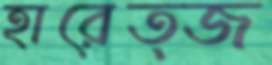
হারেত্জ